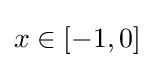
{\textstyle x\in [-1,0]}